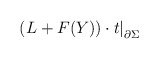
\begin{align*}\displaystyle \left(L+F(Y))\cdot t \right|_{\partial\Sigma }\end{align*}